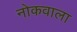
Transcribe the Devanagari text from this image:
नोकवाला